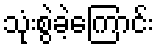
သုံးစွဲခဲ့ကြောင်း